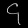
Digit: ၄